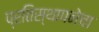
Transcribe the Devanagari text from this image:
प्रतिस्थापनेचा